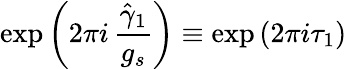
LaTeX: \mathrm{exp}\left(2\pi i\, \frac{\hat{\gamma}_{1}}{g_{s}}\right)\equiv\mathrm{exp}\left(2\pi i\tau_{1}\right)